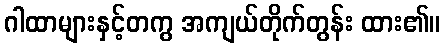
ဂါထာများနှင့်တကွ အကျယ်တိုက်တွန်း ထား၏။